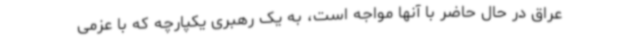
عراق در حال حاضر با آنها مواجه است، به یک رهبری یکپارچه که با عزمی